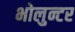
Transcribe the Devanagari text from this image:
भोलुन्टर